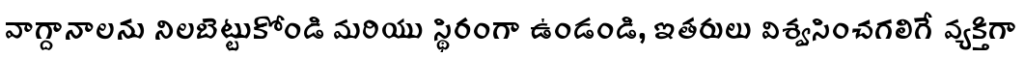
వాగ్దానాలను నిలబెట్టుకోండి మరియు స్థిరంగా ఉండండి, ఇతరులు విశ్వసించగలిగే వ్యక్తిగా